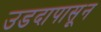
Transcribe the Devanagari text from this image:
उडदापासून